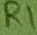
Text: R1